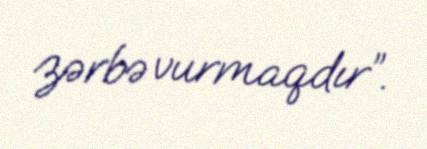
zərbə vurmaqdır”.